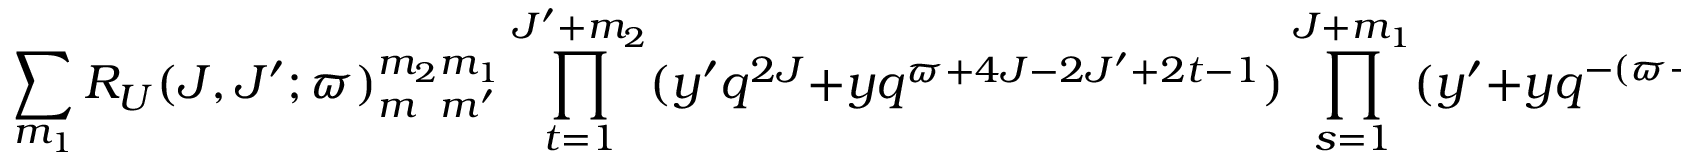
\sum _ { m _ { 1 } } R _ { U } ( J , J ^ { \prime } ; \varpi ) _ { m _ { \phantom { 2 } } m ^ { \prime } } ^ { m _ { 2 } m _ { 1 } } \prod _ { t = 1 } ^ { J ^ { \prime } + m _ { 2 } } ( y ^ { \prime } q ^ { 2 J } + y q ^ { \varpi + 4 J - 2 J ^ { \prime } + 2 t - 1 } ) \prod _ { s = 1 } ^ { J + m _ { 1 } } ( y ^ { \prime } + y q ^ { - ( \varpi - 2 J + 2 m _ { 2 } + 2 s - 1 ) } )